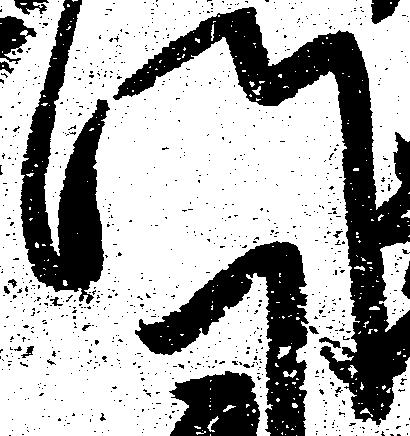
門